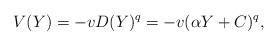
LaTeX: \begin{align*}V(Y)=-vD(Y)^q=-v(\alpha Y+C)^q,\end{align*}